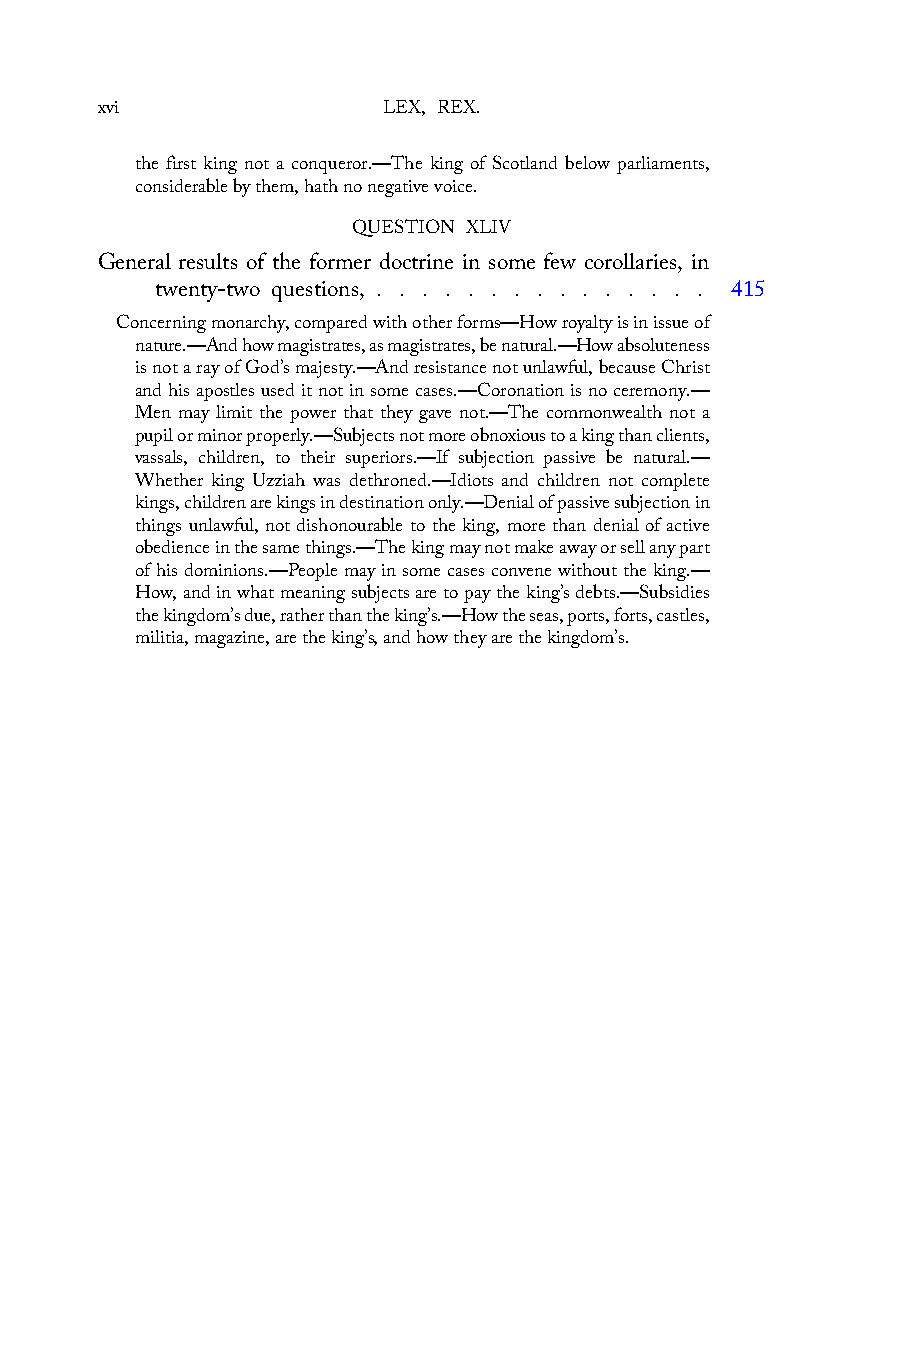
xvi                LEX, REX.
 the first king not a conqueror.—The king of Scotland below parliaments,
 considerable by them, hath no negative voice.
 QUESTION XLIV
 General results of the former doctrine in some few corollaries, in
 twenty-two questions, . . . . . . . . . . . . . . . 415
 Concerning monarchy, compared with other forms—How royalty is in issue of
 nature.—And how magistrates, as magistrates, be natural.—How absoluteness
 is not a ray of God’s majesty.—And resistance not unlawful, because Christ
 and his apostles used it not in some cases.—Coronation is no ceremony.—
 Men may limit the power that they gave not.—The commonwealth not a
 pupil or minor properly.—Subjects not more obnoxious to a king than clients,
 vassals, children, to their superiors.—If subjection passive be natural.—
 Whether king Uzziah was dethroned.—Idiots and children not complete
 kings, children are kings in destination only.—Denial of passive subjection in
 things unlawful, not dishonourable to the king, more than denial of active
 obedience in the same things.—The king may not make away or sell any part
 of his dominions.—People may in some cases convene without the king.—
 How, and in what meaning subjects are to pay the king’s debts.—Subsidies
 the kingdom’s due, rather than the king’s.—How the seas, ports, forts, castles,
 militia, magazine, are the king’s, and how they are the kingdom’s.